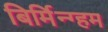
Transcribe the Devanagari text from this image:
बिर्मिन्ग्हम